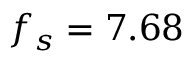
f _ { s } = 7 . 6 8